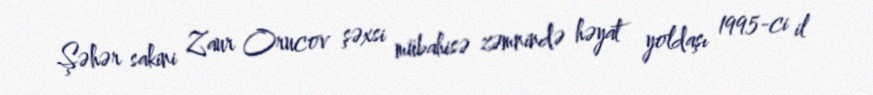
Şəhər sakini Zaur Orucov şəxsi mübahisə zəmnində həyat yoldaşı 1995-ci il